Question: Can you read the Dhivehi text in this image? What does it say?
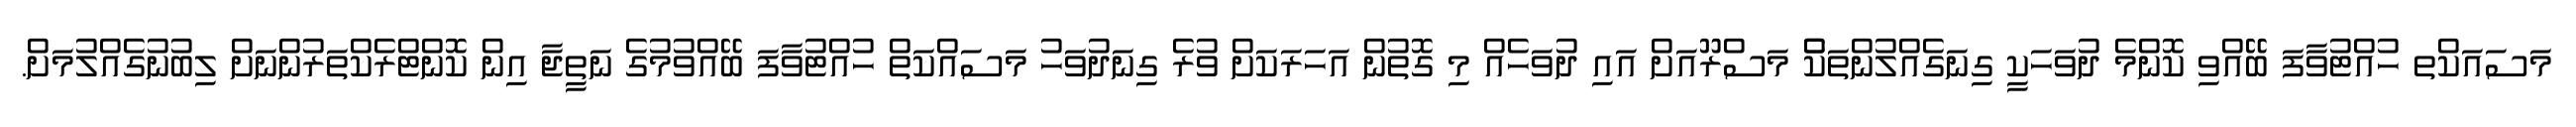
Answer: މަސައަކްތ ހުއްޓުވާފަ ބޭއްވި ކޮންމެ ދުވަހަކީ ގިނަގެއްލުންތަކެް މަސްރޫއަށް އައި ދުވަހެއް މި ގޮތުން އަހަރަކަށް ވުރެ ގިނަދުވަހު މަސައްކަތް ހުއްޓުވާފަ ބޭއްވުމުގެ ނަތީޖާ އިން ކޮންޓްރެކްތަރުންނަށް ލިބުނުގެއްލުމަށް.